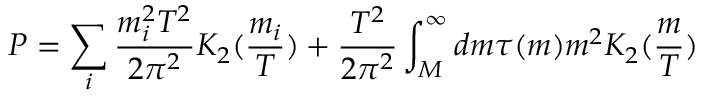
P = \sum _ { i } { \frac { m _ { i } ^ { 2 } T ^ { 2 } } { 2 \pi ^ { 2 } } } K _ { 2 } ( { \frac { m _ { i } } { T } } ) + { \frac { T ^ { 2 } } { 2 \pi ^ { 2 } } } \int _ { M } ^ { \infty } d m \tau ( m ) m ^ { 2 } K _ { 2 } ( { \frac { m } { T } } )